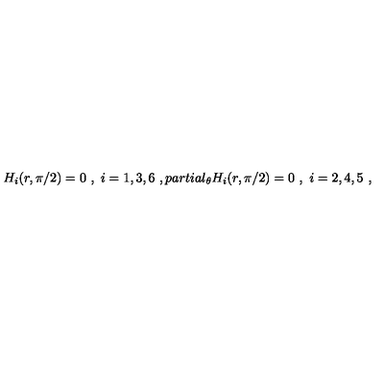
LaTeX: H _ { i } ( r , \pi / 2 ) = 0 \ , \ i = 1 , 3 , 6 \ , p a r t i a l _ { \theta } H _ { i } ( r , \pi / 2 ) = 0 \ , \ i = 2 , 4 , 5 \ ,